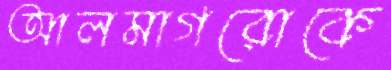
আলমাগরোকে